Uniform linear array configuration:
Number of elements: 32
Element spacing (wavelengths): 1
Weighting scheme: hann
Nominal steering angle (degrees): -45
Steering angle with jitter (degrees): -45.416
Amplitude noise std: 0.05
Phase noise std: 0.05

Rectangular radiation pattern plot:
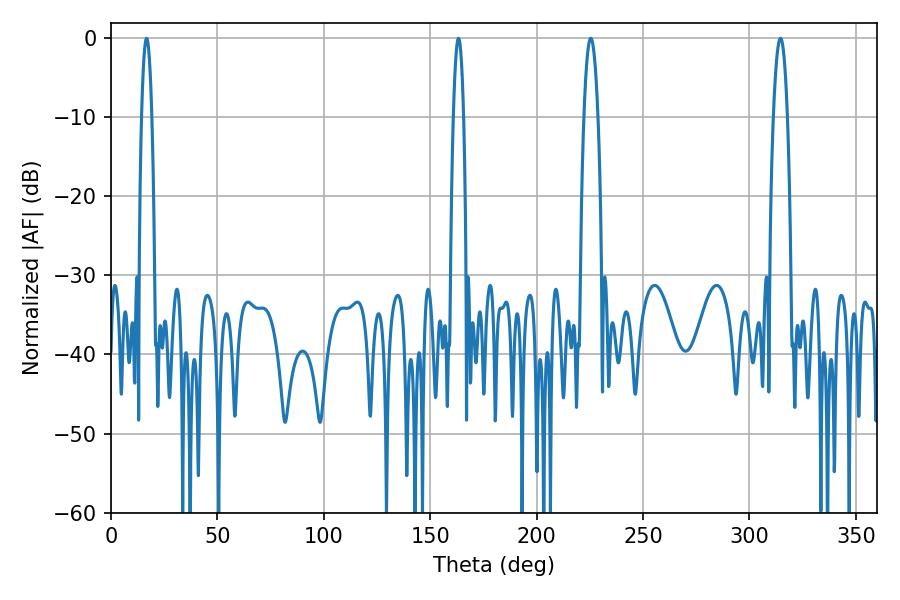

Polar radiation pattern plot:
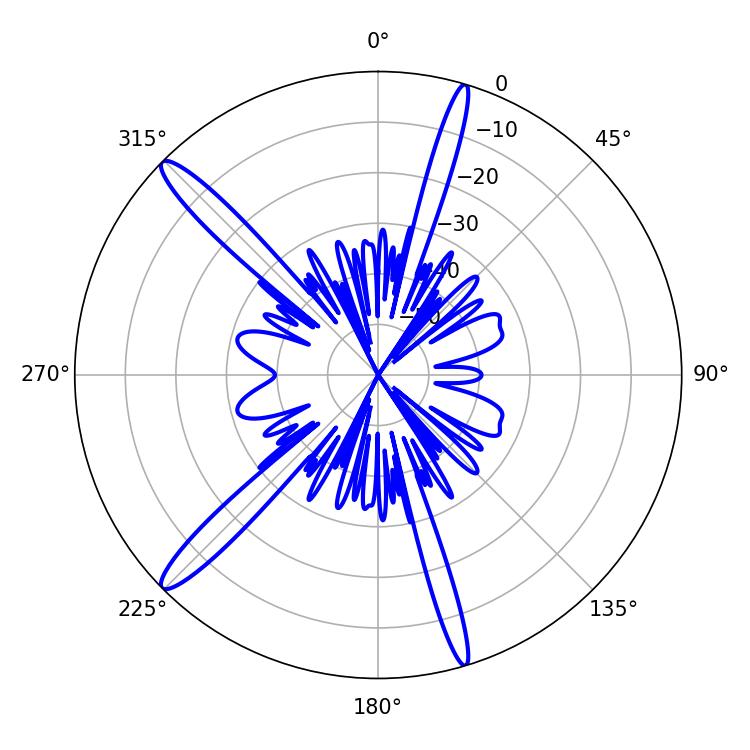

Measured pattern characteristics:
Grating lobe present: TRUE
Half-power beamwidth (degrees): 2.52
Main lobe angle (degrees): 16.74